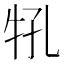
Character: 𰠬